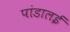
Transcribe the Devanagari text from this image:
पांडालई